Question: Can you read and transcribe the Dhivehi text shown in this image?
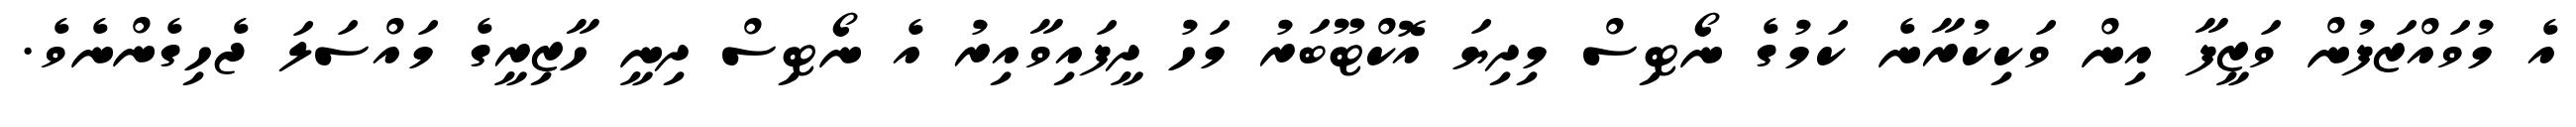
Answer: އެ މުވައްޒަފުން ވަޒީފާ އިން ވަކިކުރާނެ ކަމުގެ ނޯޓިސް މިދިޔަ އޮކްޓޫބަރު މަހު ދީފައިވާއިރު އެ ނޯޓިސް ދިނީ ހާޒިރީގެ މައްސަލަ ޖެހިގެންނެވެ.